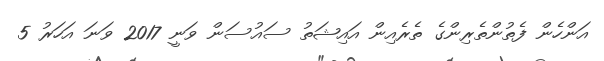
އަންހެން ފެތުންތެރިންގެ ތެރެއިން އައިޝަތު ސައުސަން ވަނީ 2017 ވަނަ އަހަރު 5